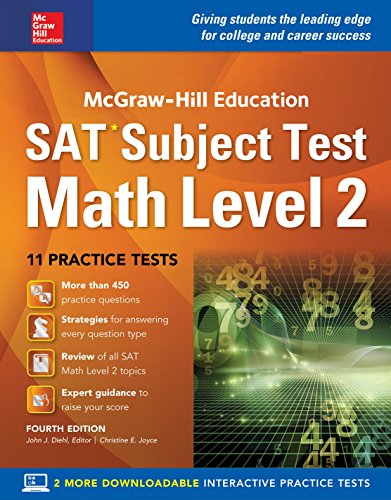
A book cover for McGraw-Hill Education SAT Subject Test Math Level 2 4th Edition with Downloadable Practice Tests; John Diehl; Test Preparation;